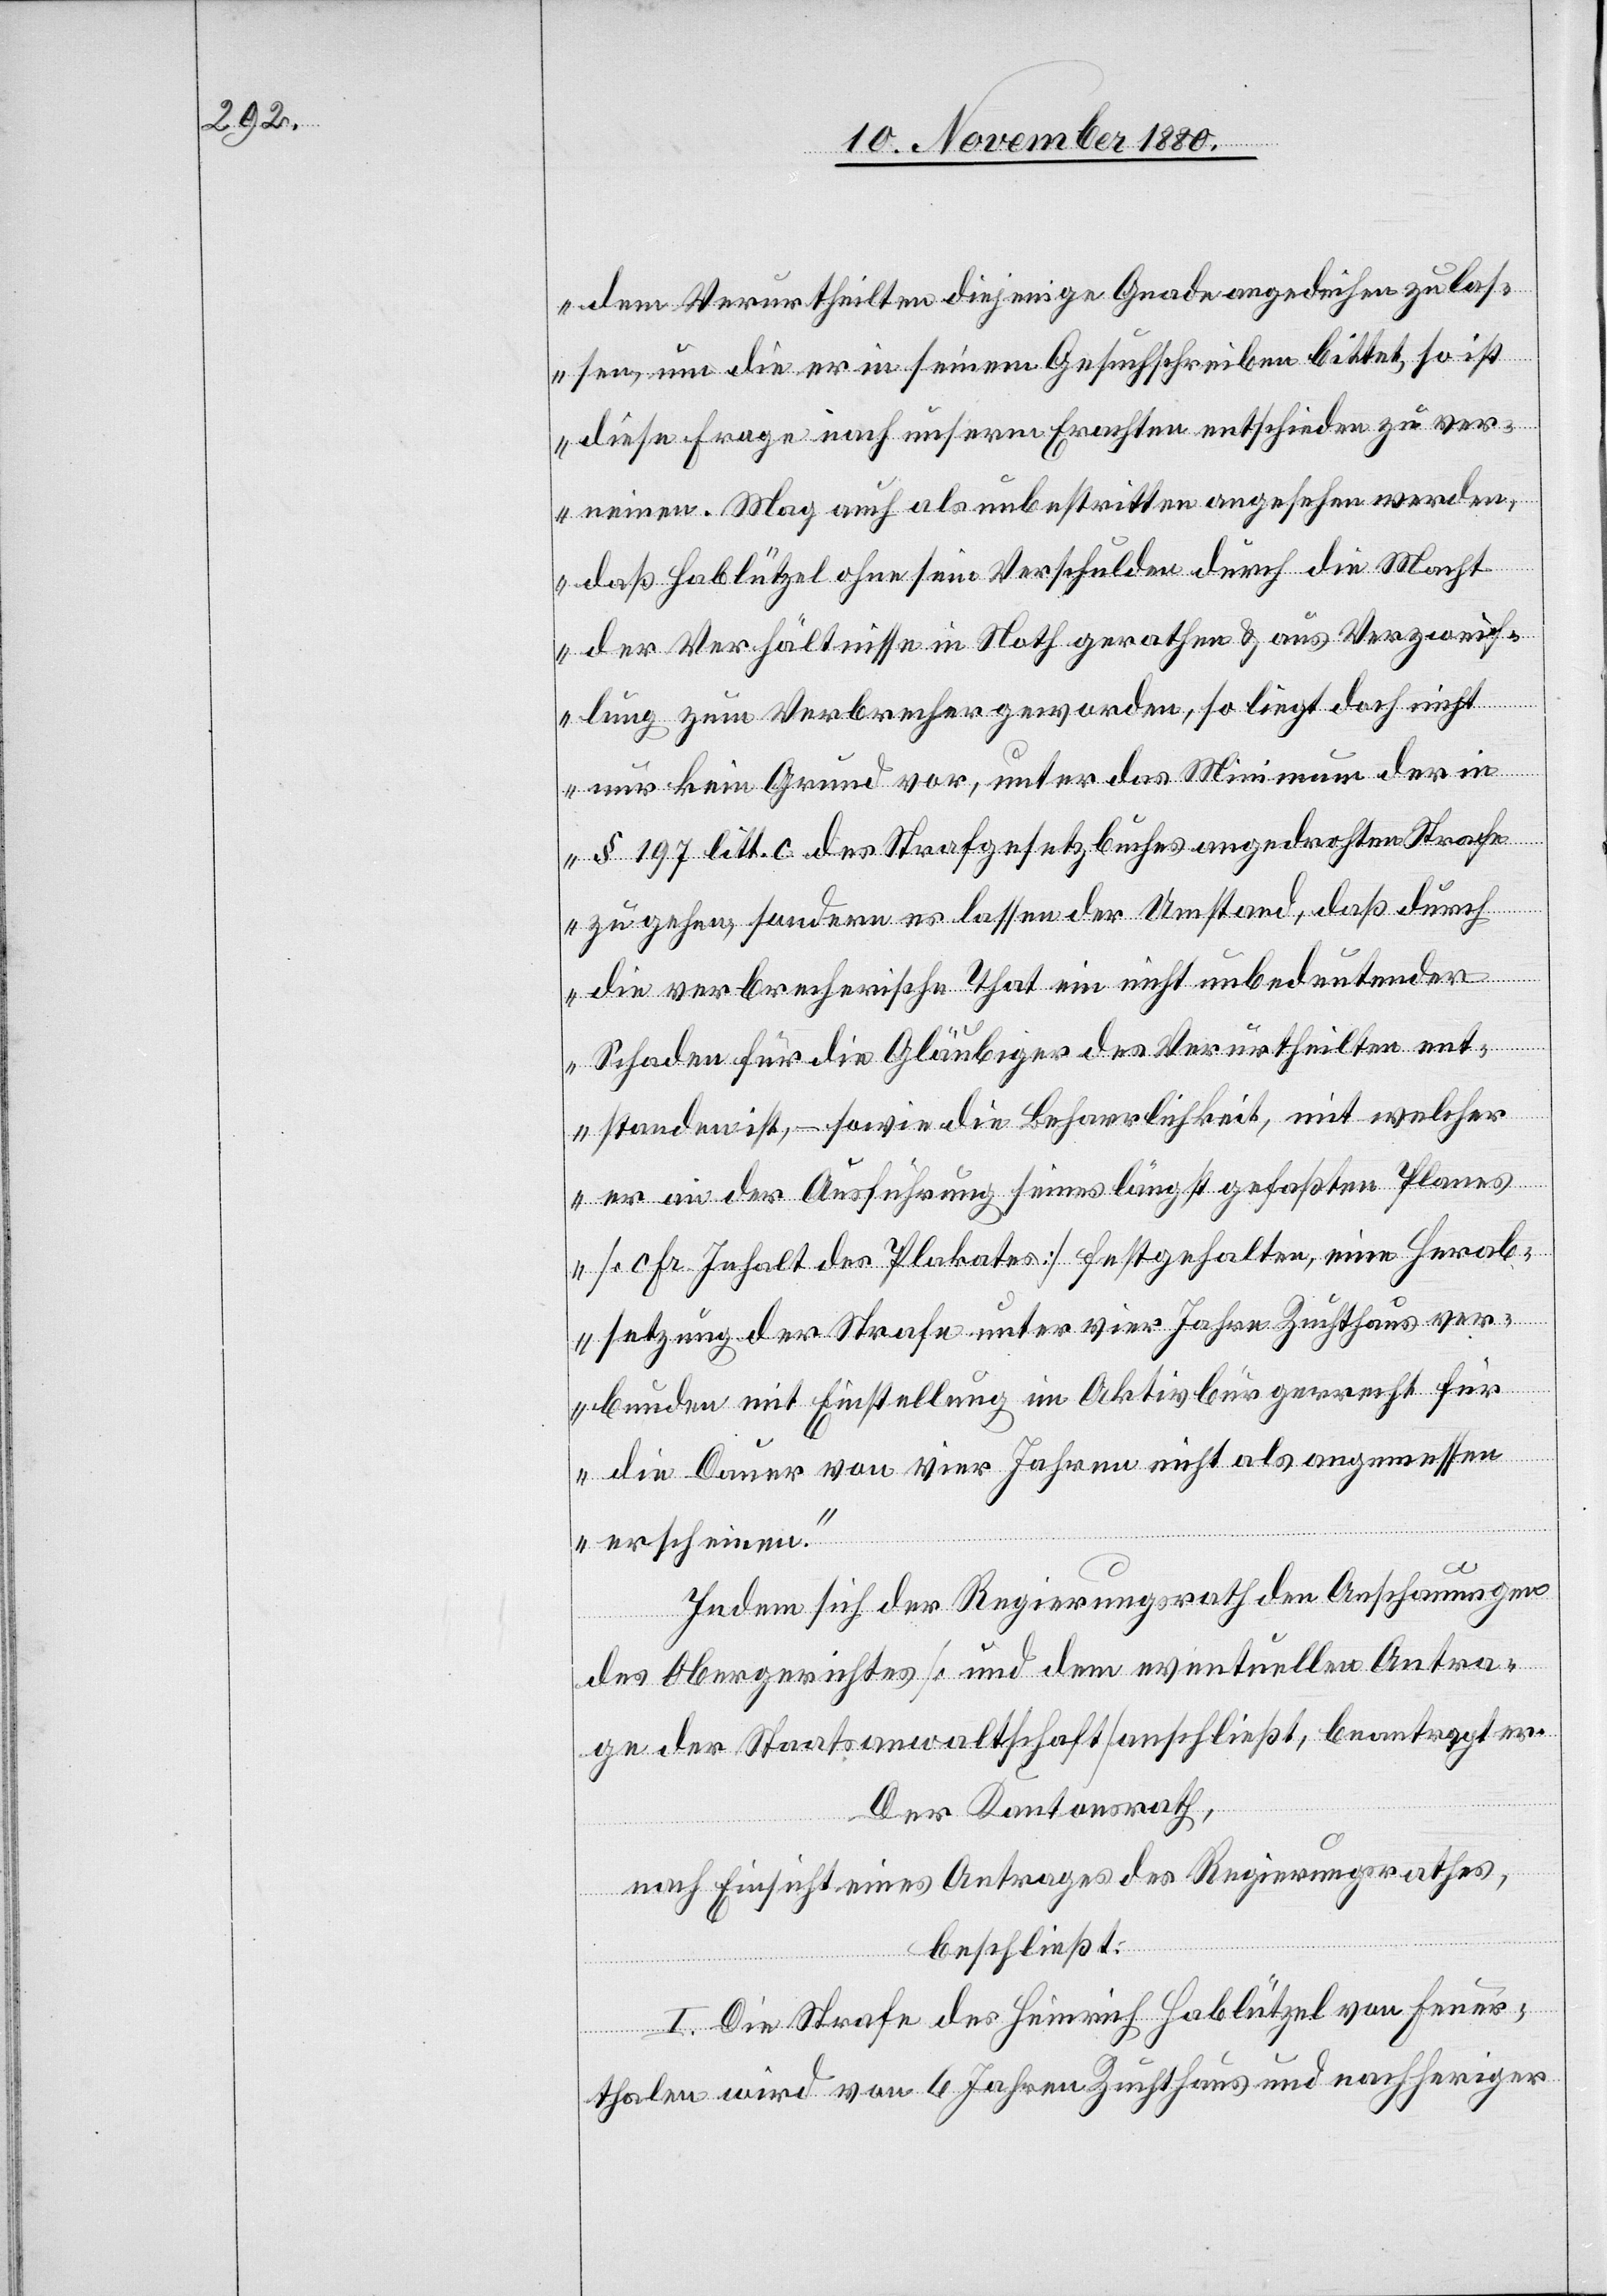
dem Verurtheilten diejenige Gnade angedeihen zu las¬
sen, um die er in seinem Gesuchschreiben bittet, so ist
diese Frage nach unserm Erachten entschieden zu ver¬
neinen. Mag auch als unbestritten angesehen werden,
daß Hablützel ohne sein Verschulden durch die Macht
der Verhältnisse in Noth geraten & aus Verzweif¬
lung zum Verbrecher geworden, so liegt doch nicht
nur kein Grund vor, unter das Minimum der in
§ 197 litt. c des Strafgesetzbuches angedrohten Strafe
zu gehen, sondern es lassen der Umstand, daß durch
die verbrecherische That ein nicht unbedeutender
Schaden für die Gläubiger des Verurtheilten ent¬
standen ist, – sowie die Beharrlichkeit, mit welcher
er an der Ausführung seines längst gefaßten Planes
[crf. Inhalt des Plakates] festgehalten, eine Herab¬
setzung der Strafe unter vier Jahre Zuchthaus ver¬
bunden mit Einstellung im Aktivbürgerrecht für
die Dauer von vier Jahren nicht als angemessen
erscheinen.
Indem sich der Regierungsrath den Anschauungen
des Obergerichtes [und dem eventuellen Antra¬
ge der Staatsanwaltschaft] anschließt, beantragt er:
Der Kantonsrath,
nach Einsicht eines Antrages des Regierungsrathes,
beschließt:
I. Die Strafe des Heinrich Hablützel von Feuer¬
thalen wird von 6 Jahren Zuchthaus und nachheriger